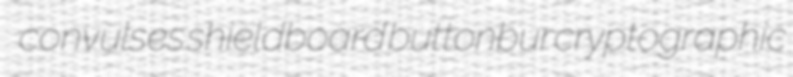
convulses shieldboard buttonbur cryptographic